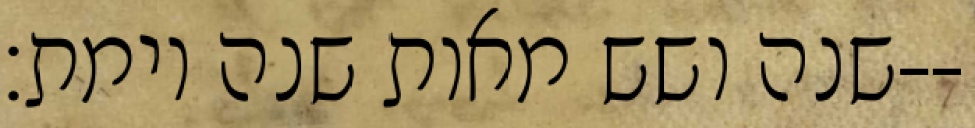
שנה ושש מאות שנה וימת׃--